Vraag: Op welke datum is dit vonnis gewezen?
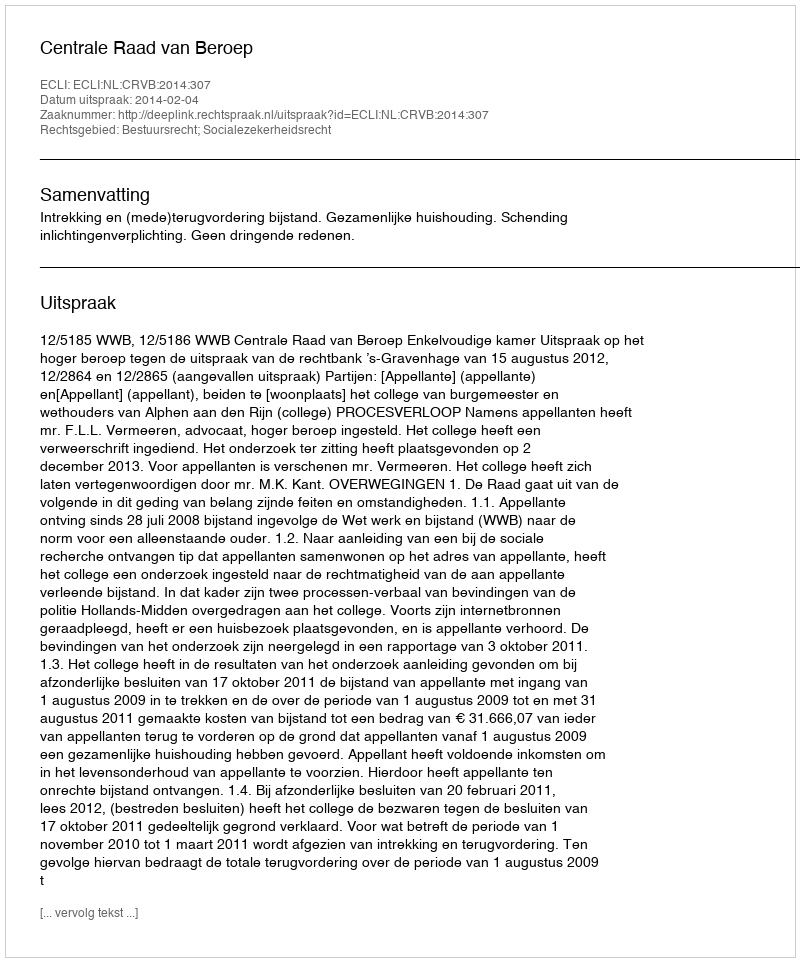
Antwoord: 2014-02-04